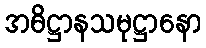
အဓိဋ္ဌာနသမုဋ္ဌာနော